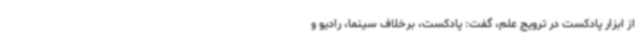
از ابزار پادکست در ترویج علم، گفت: پادکست، برخلاف سینما، رادیو و